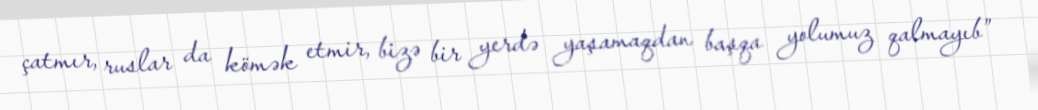
çatmır, ruslar da kömək etmir, bizə bir yerdə yaşamaqdan başqa yolumuz qalmayıb”